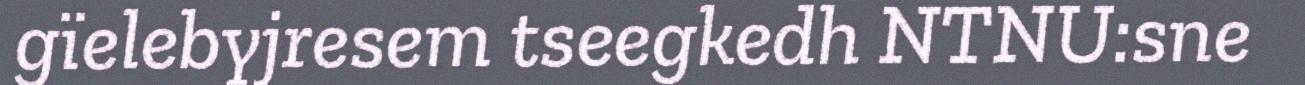
gïelebyjresem tseegkedh NTNU:sne